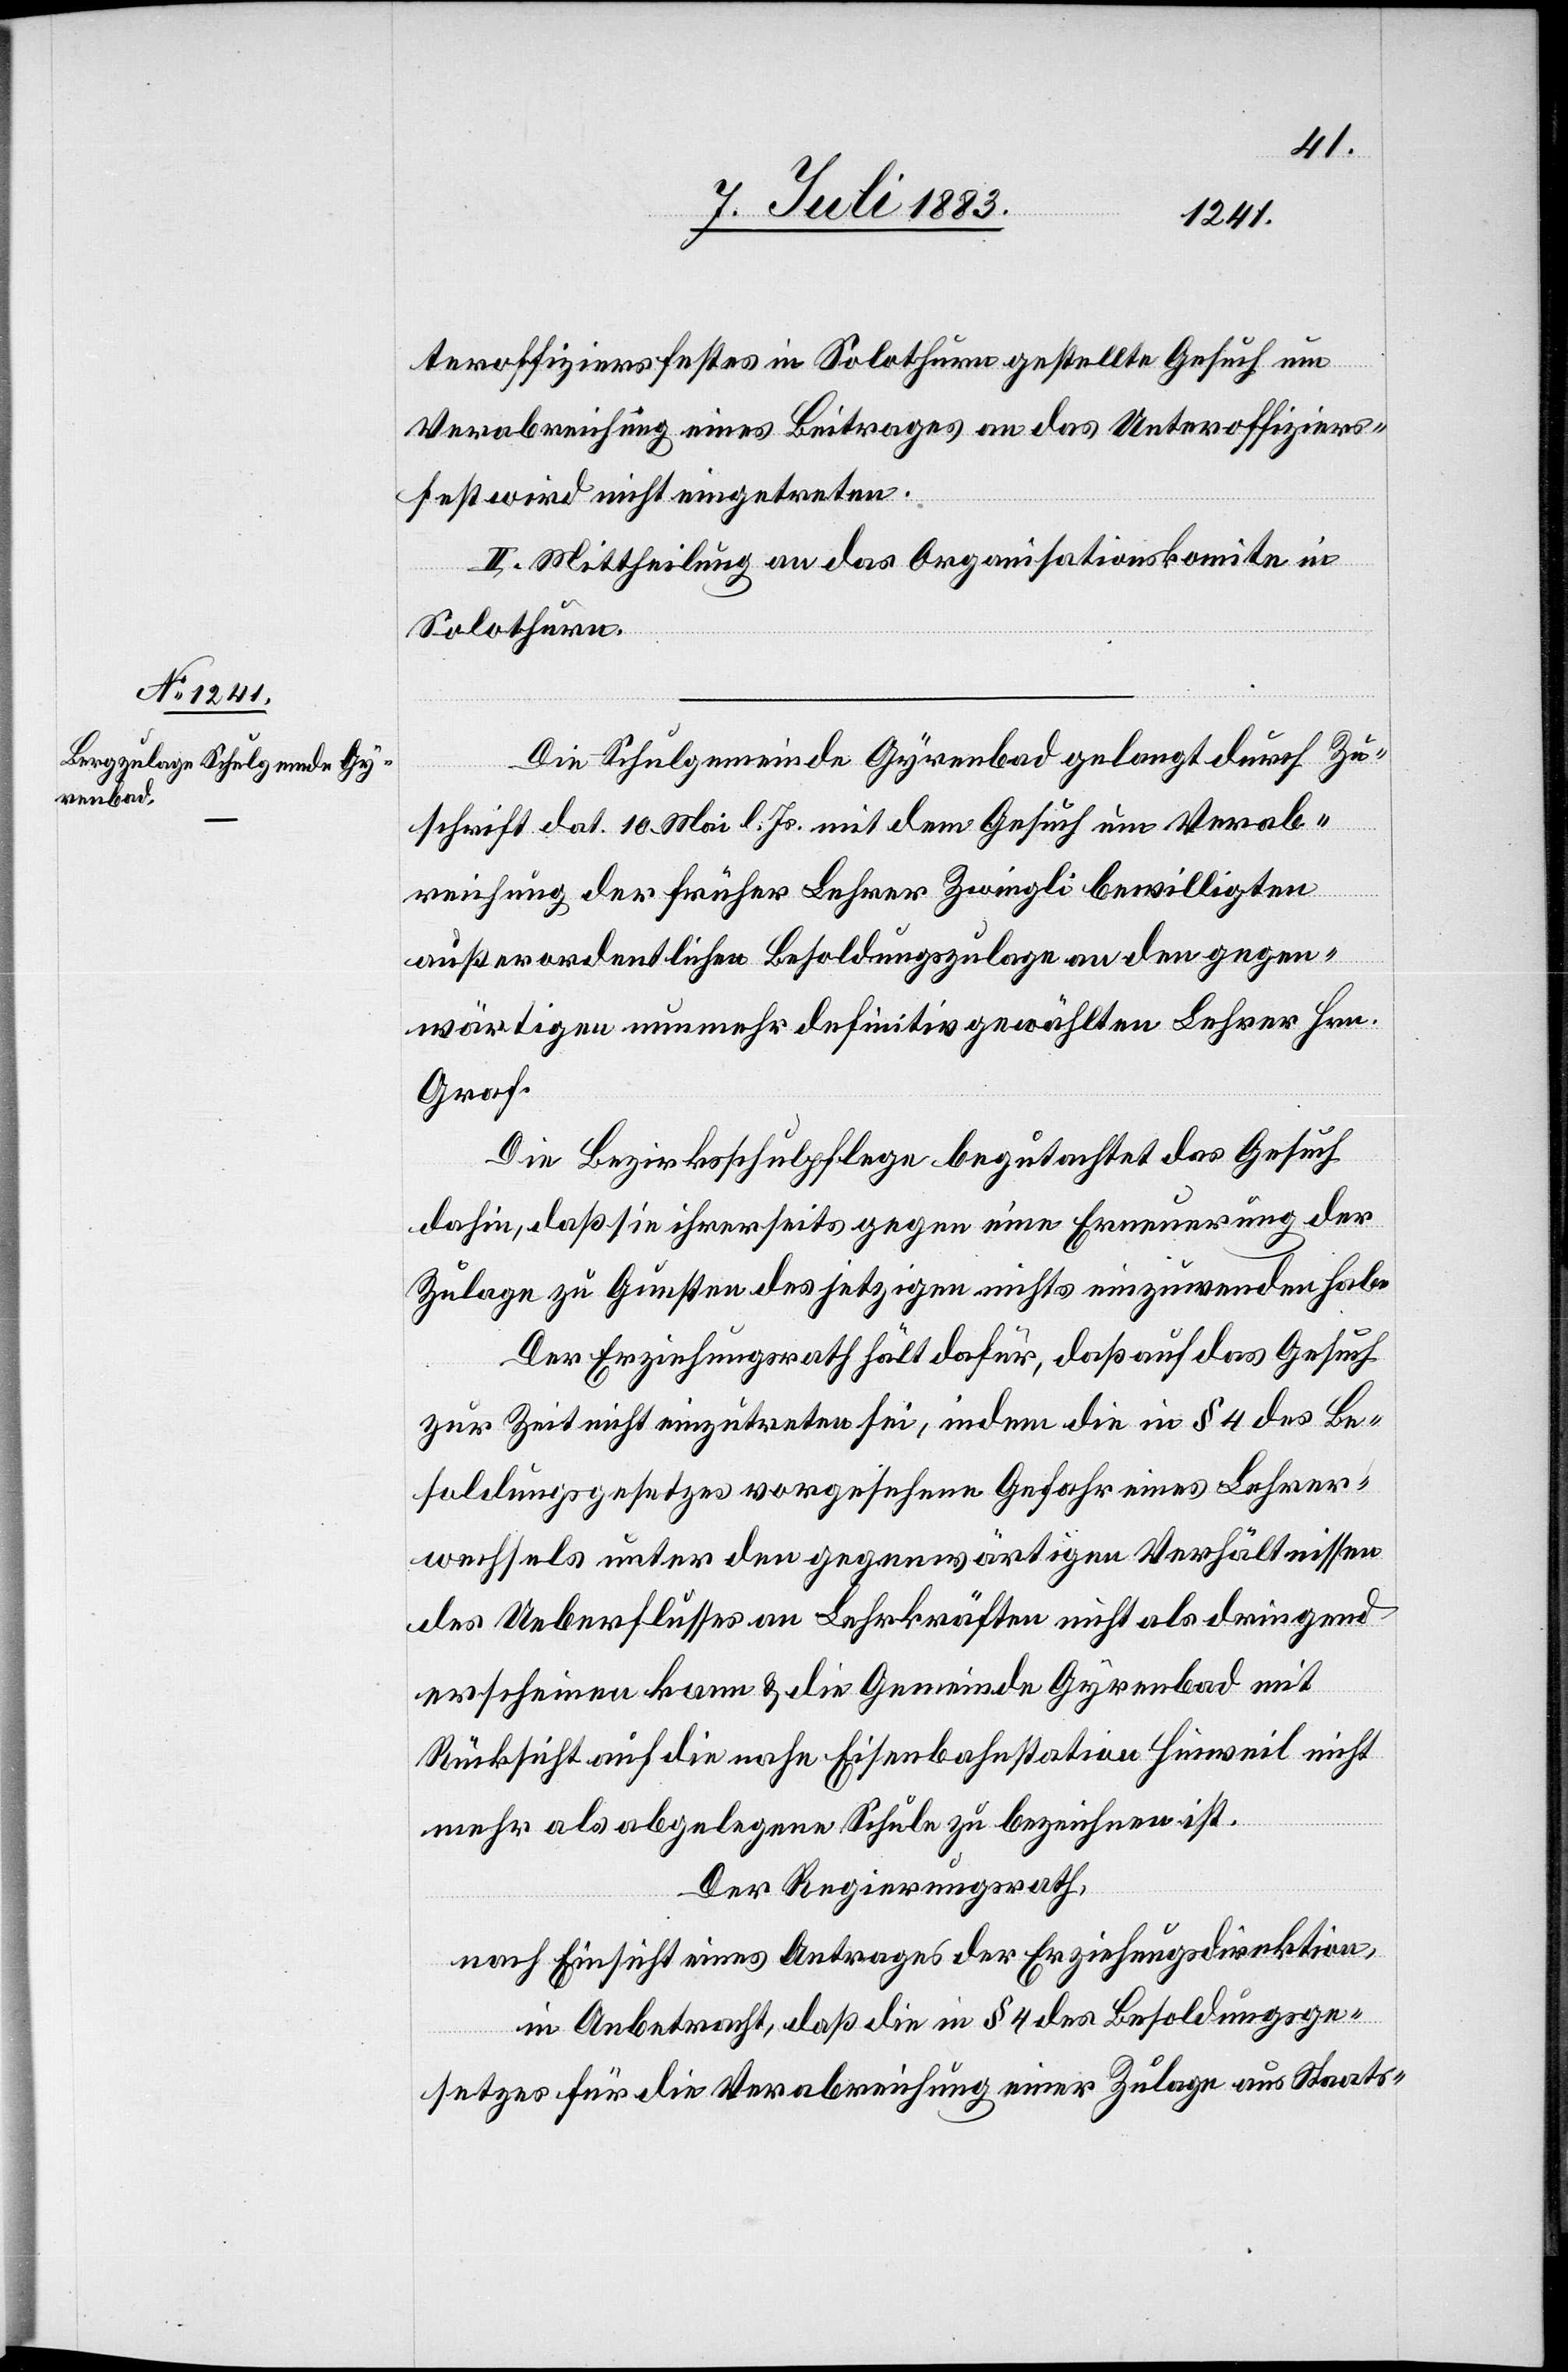
teroffiziersfestes in Solothurn gestellte Gesuch um
Verabreichung eines Beitrages an das Unteroffiziers¬
fest wird nicht eingetreten.
II. Mittheilung an das Organisationskomite in
Solothurn.
Die Schulgemeinde Gyrenbad gelangt durch Zu¬
schrift dat. 10. Mai l. Js. mit dem Gesuch um Verab¬
reichung der früher Lehrer Zwingli bewilligten
außerordentlichen Besoldungszulage an den gegen¬
wärtigen nunmehr definitiv gewählten Lehrer Hrn.
Graf.
Die Bezirksschulpflege begutachtet das Gesuch
dahin, daß sie ihrerseits gegen eine Erneuerung der
Zulage zu Gunsten des jetzigen nichts einzuwenden habe.
Der Erziehungsrath hält dafür, daß auf das Gesuch
zur Zeit nicht einzutreten sei, indem die in § 4 des Be¬
soldungsgesetzes vorgesehene Gefahr eines Lehrer¬
wechsels unter den gegenwärtigen Verhältnissen
des Ueberflusses an Lehrkräften nicht als dringend
erscheinen kann & die Gemeinde Gyrenbad mit
Rücksicht auf die nahe Eisenbahnstation Hinweil nicht
mehr als abgelegene Schule zu bezeichnen ist.
Der Regierungsrath,
nach Einsicht eines Antrages der Erziehungsdirektion,
in Anbetracht, daß die in § 4 des Besoldungsge¬
setzes für die Verabreichung einer Zulage aus Staats-